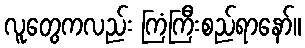
လူတွေကလည်း ကြံကြီးစည်ရာနော်။